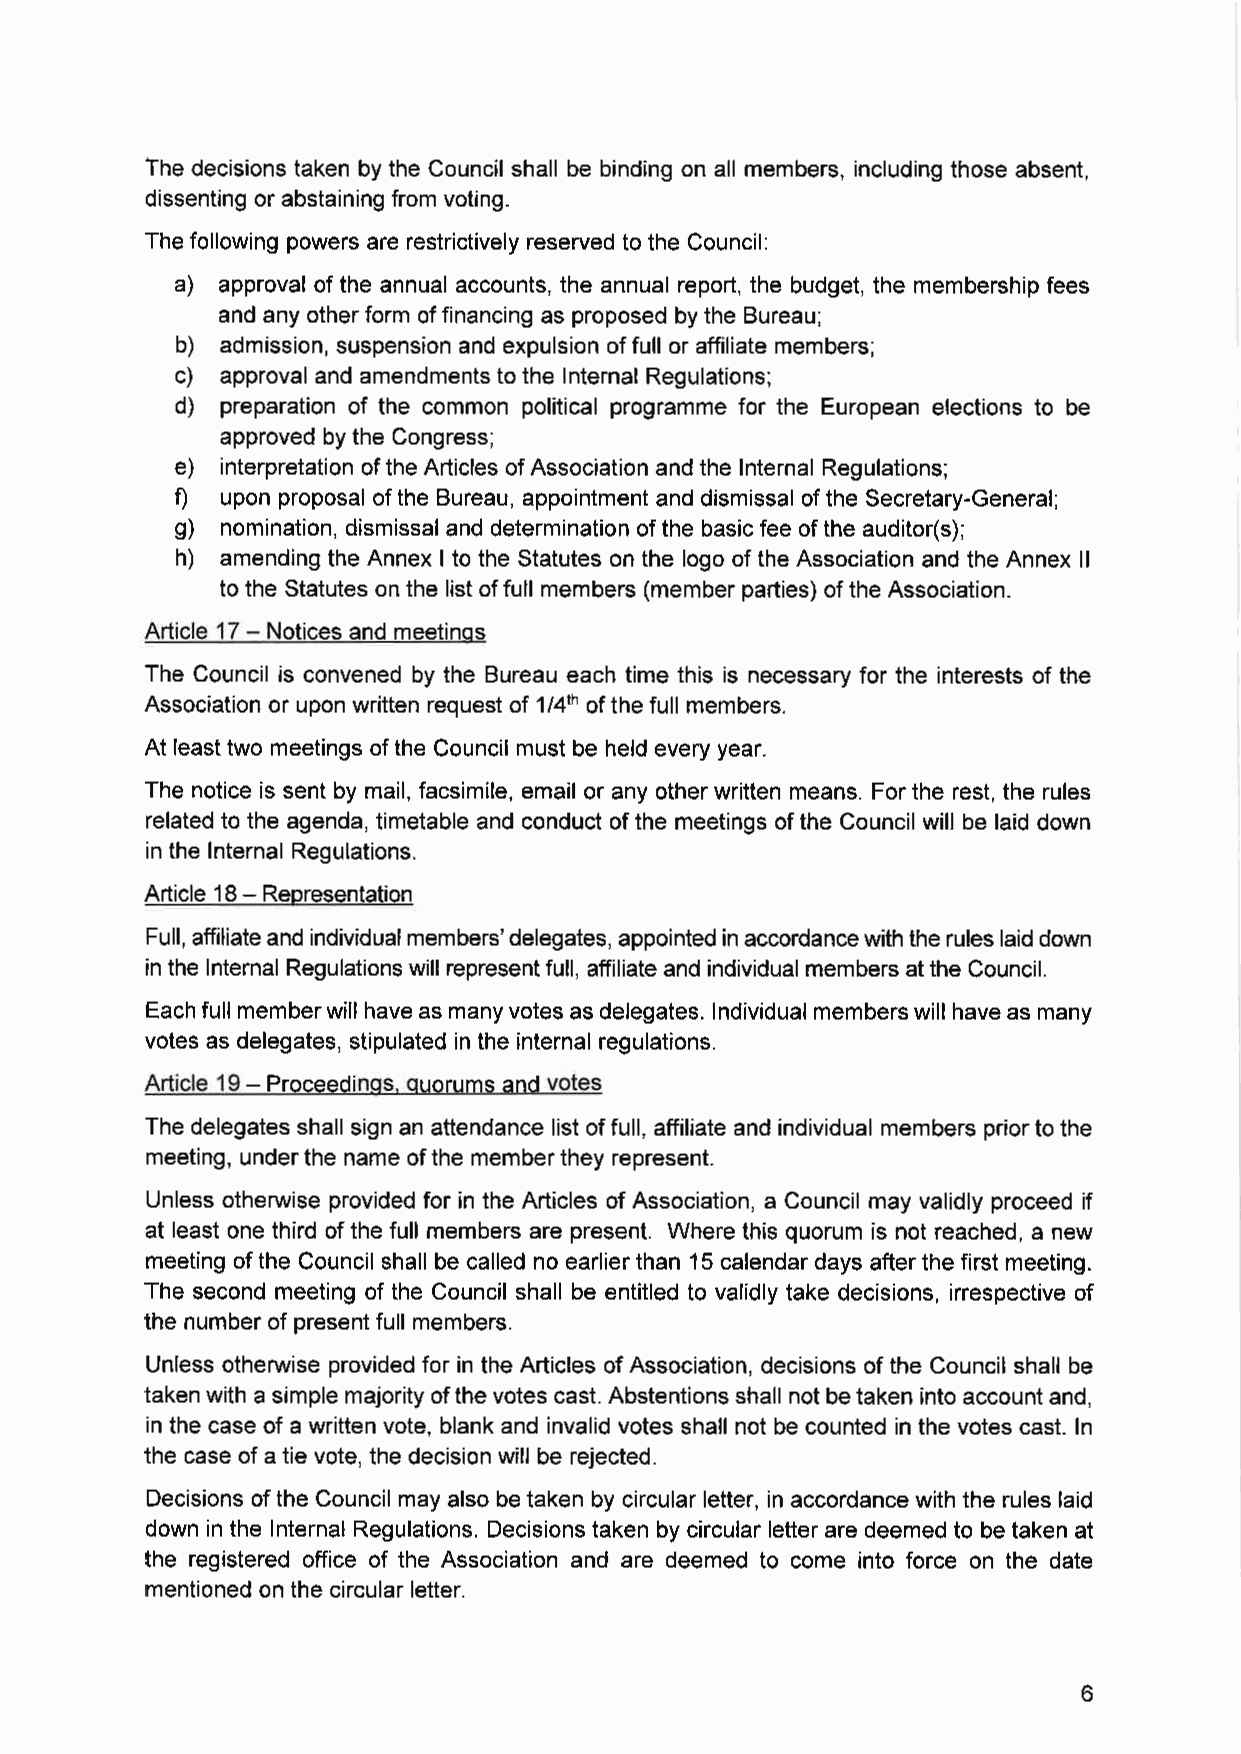
The decisions taken by the Council shall be binding on all members, including those absent,
 dissenting or abstaining from voting.
 The following powers are restrictively reserved to the Council:
 a) approval of the annual accounts, the annual report, the budget, the membership fees
 and any other form of financing as proposed by the Bureau;
 b) admission, suspension and expulsion of full or affiliate members;
 c) approval and amendments to the Internal Regulations;
 d) preparation of the common political programme for the European elections to be
 approved by the Congress;
 e) interpretation of the Articles of Association and the Internal Regulations;
 f) upon proposal of the Bureau, appointment and dismissal of the Secretary-General;
 g) nomination, dismissal and determination of the basic fee of the auditor(s);
 h) amending the Annex I to the Statutes on the logo of the Association and the Annex II
 to the Statutes on the list of full members (member parties) of the Association.
 Article 17 - Notices and meetings
 The Council is convened by the Bureau each time this is necessary for the interests of the
 Association or upon written request of 1/4 of the full members.
 1h
 At least two meetings of the Council must be held every year.
 The notice is sent by mail, facsimile, email or any other written means. For the rest, the rules
 related to the agenda, timetable and conduct of the meetings of the Council will be laid down
 in the Internal Regulations.
 Article 18 - Representation
 Full, affiliate and individual members' delegates, appointed in accordance with the rules laid down
 in the Internal Regulations will represent full, affiliate and individual members at the Council.
 Each full member will have as many votes as delegates. Individual members will have as many
 votes as delegates, stipulated in the internal regulations.
 Article 19 - Proceedings, quorums and votes
 The delegates shall sign an attendance list of full, affiliate and individual members prior to the
 meeting, under the name of the member they represent.
 Unless otherwise provided for in the Articles of Association, a Council may validly proceed if
 at least one third of the full members are present. Where this quorum is not reached, a new
 meeting of the Council shall be called no earlier than 15 calendar days after the first meeting.
 The second meeting of the Council shall be entitled to validly take decisions, irrespective of
 the number of present full members.
 Unless otherwise provided for in the Articles of Association, decisions of the Council shall be
 taken with a simple majority of the votes cast. Abstentions shall not be taken into account and,
 in the case of a written vote, blank and invalid votes shall not be counted in the votes cast. In
 the case of a tie vote, the decision will be rejected.
 Decisions of the Council may also be taken by circular letter, in accordance with the rules laid
 down in the Internal Regulations. Decisions taken by circular letter are deemed to be taken at
 the registered office of the Association and are deemed to come into force on the date
 mentioned on the circular letter.
 6